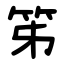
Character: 笫